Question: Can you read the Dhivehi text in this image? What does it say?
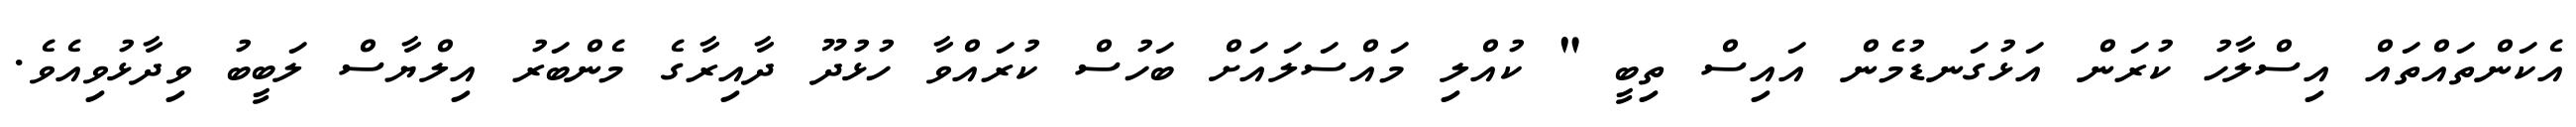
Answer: އެކަންތައްތައް އިސްލާހު ކުރަން އަޅުގަނޑުމެން އައިސް ތިބީ " ކުއްލި މައްސަލައަށް ބަހުސް ކުރައްވާ ހުޅުދޫ ދާއިރާގެ މެންބަރު އިލްޔާސް ލަބީބު ވިދާޅުވިއެވެ.